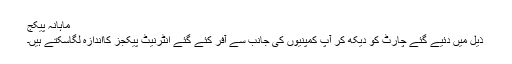
ماہانہ پیکج
ذیل میں دئیے گئے چارٹ کو دیکھ کر آپ کمپنیوں کی جانب سے آفر کئے گئے انٹرنیٹ پیکجز کااندازہ لگاسکتے ہیں۔